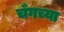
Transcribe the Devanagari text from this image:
चँगच्या